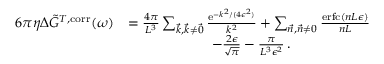
\begin{array} { r l } { 6 \pi \eta \Delta \Tilde { G } ^ { T , \mathrm { c o r r } } ( \omega ) } & { = \frac { 4 \pi } { L ^ { 3 } } \sum _ { \vec { k } , \vec { k } \neq \vec { 0 } } \frac { \mathrm { e } ^ { - k ^ { 2 } / ( 4 \epsilon ^ { 2 } ) } } { k ^ { 2 } } + \sum _ { \vec { n } , \vec { n } \neq 0 } \frac { \mathrm { e r f c } \left( n L \epsilon \right) } { n L } } \\ & { \qquad \qquad \qquad - \frac { 2 \epsilon } { \sqrt { \pi } } - \frac { \pi } { L ^ { 3 } \epsilon ^ { 2 } } \, . } \end{array}